Senior Leaving Certificate Examination (including Day School Certificate (Higher) General paper), 1949
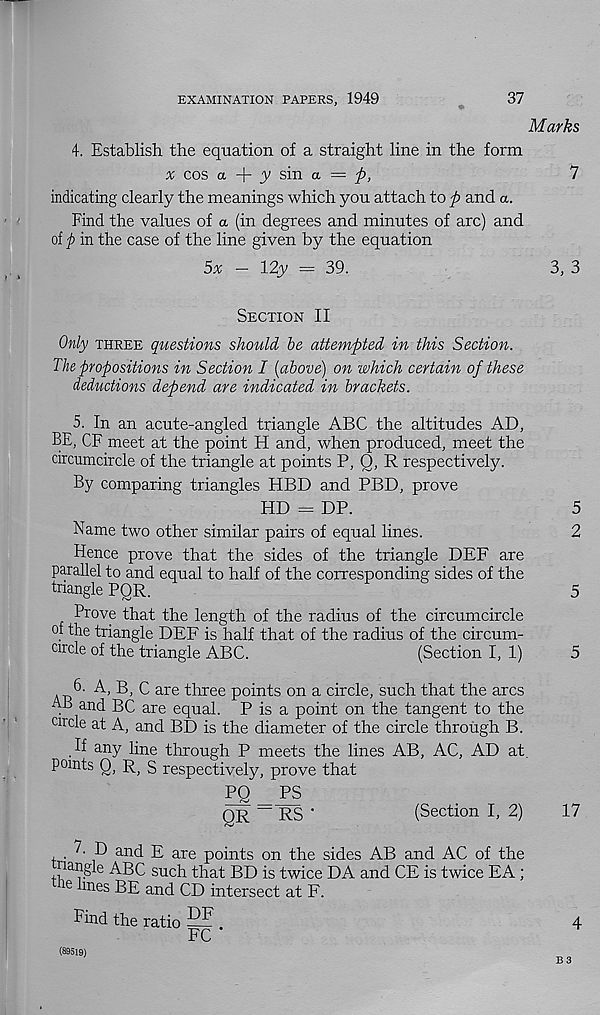
EXAMINATION PAPERS, 1949
37
Marks
4. Establish the equation of a straight line in the form
% cos a
y sin a = p,
7
indicating clearly the meanings which you attach to p and a.
Find the values of a (in degrees and minutes of arc) and
of p in the case of the line given by the equation
5x - 12y = 39.
3, 3
Section II
Only three questions should be attempted in this Section.
The propositions in Section I (above) on which certain of these
deductions depend are indicated in brackets.
5. In an acute-angled triangle ABC the altitudes AD,
BE, CF meet at the point H and, when produced, meet the
circumcircle of the triangle at points P, Q, R respectively.
By comparing triangles HBD and PBD, prove
HD = DP.
5
Name two other similar pairs of equal lines.
2
Hence prove that the sides of the triangle DEE are
parallel to and equal to half of the corresponding sides of the
Wangle PQR.
5
Prove that the length of the radius of the circumcircle
of the triangle DEF is half that of the radius of the circum-
circle of the triangle ABC.
(Section I, 1)
5
6. A, B, C are three points on a circle, such that the arcs
AB and BC are equal. P is a point on the tangent to the
circle at A, and BD is the diameter of the circle through B.
If any line through P meets the lines AB, AC, AD at.
points 0, R, S respectively, prove that
PQ
PS
QR — RS •
(Section I, 2)
17
7 D and E are points on the sides AB and AC of the
mngig ABC such that BD is twice DA and CE is twice EA ;
re lines BE and CD intersect at F.
Find the ratio —^ .
4
FC
(89519)
B 3